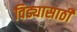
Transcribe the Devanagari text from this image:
विड्यासाठी